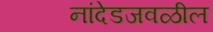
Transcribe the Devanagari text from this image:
नांदेडजवळील